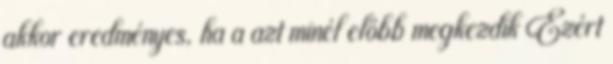
akkor eredményes, ha a azt minél előbb megkezdik Ezért